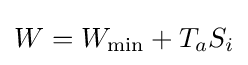
W=W_{\text{min}}+T_{a}S_{i}